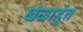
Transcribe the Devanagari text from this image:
खेळाडूंत